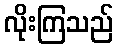
လိုးကြသည်